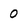
Character: 0